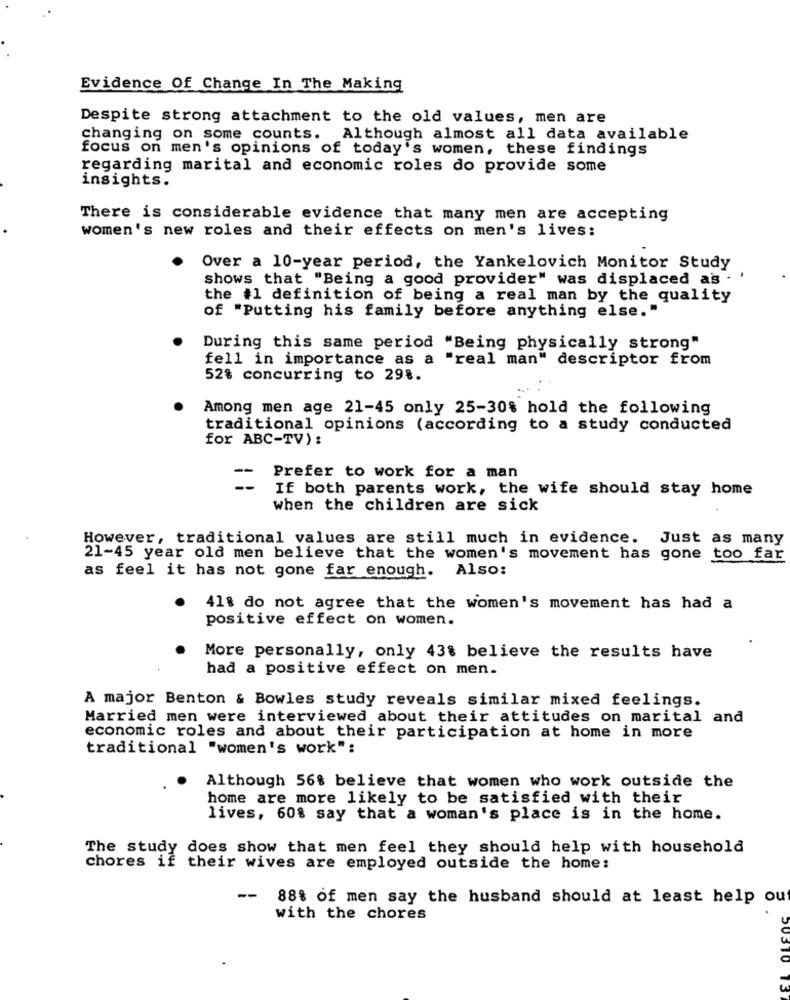
Evidence Of Change In The Making
Despite strong attachment to the old values, men are
changing on some counts. Although almost all data available
focus on men's opinions of today's women, these findings
regarding marital and economic roles do provide some
insights.
There is considerable evidence that many men are accepting
women's new roles and their effects on men's lives:
Over a 10-year period, the Yankelovich Monitor Study
shows that "Being a good provider" was displaced as .
the #1 definition of being a real man by the quality
of "Putting his family before anything else."
During this same period "Being physically strong"
fell in importance as a "real man" descriptor from
52% concurring to 29 ..
Among men age 21-45 only 25-30% hold the following
traditional opinions (according to a study conducted
for ABC-TV) :
--
Prefer to work for a man
If both parents work, the wife should stay home
when the children are sick
However, traditional values are still much in evidence. Just as many
21-45 year old men believe that the women's movement has gone too far
as feel it has not gone far enough. Also:
418 do not agree that the women's movement has had a
positive effect on women.
More personally, only 43% believe the results have
had a positive effect on men.
A major Benton & Bowles study reveals similar mixed feelings.
Married men were interviewed about their attitudes on marital and
economic roles and about their participation at home in more
traditional "women's work":
Although 56% believe that women who work outside the
home are more likely to be satisfied with their
lives, 60% say that a woman's place is in the home.
The study does show that men feel they should help with household
chores if their wives are employed outside the home:
--
88% of men say the husband should at least help out
with the chores
5031O
13